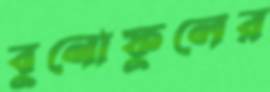
বুনোফুলের